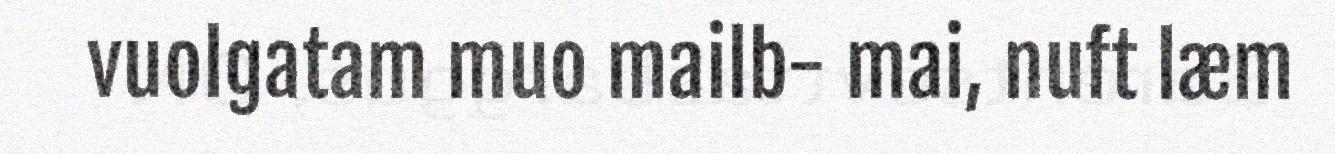
vuolgatam muo mailb- mai, nuft læm